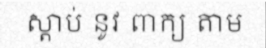
ស្តាប់ នូវ ពាក្យ តាម